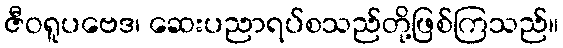
ဇီဝရူပဗေဒ၊ ဆေးပညာရပ်စသည်တို့ဖြစ်ကြသည်။